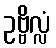
ဥဗ္ဗိလ္လံ